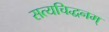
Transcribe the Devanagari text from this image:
सत्यचिद्धनम्